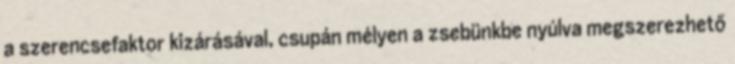
a szerencsefaktor kizárásával, csupán mélyen a zsebünkbe nyúlva megszerezhető